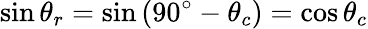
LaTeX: \sin\theta_{r}=\sin\left({90^{\circ}}-\theta_{c}\right)=\cos\theta_{c}